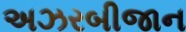
અઝરબીજાન